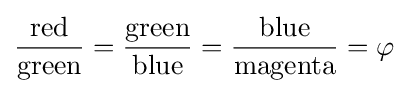
{\frac {\mathrm {red} }{\mathrm {green} }}={\frac {\mathrm {green} }{\mathrm {blue} }}={\frac {\mathrm {blue} }{\mathrm {magenta} }}=\varphi